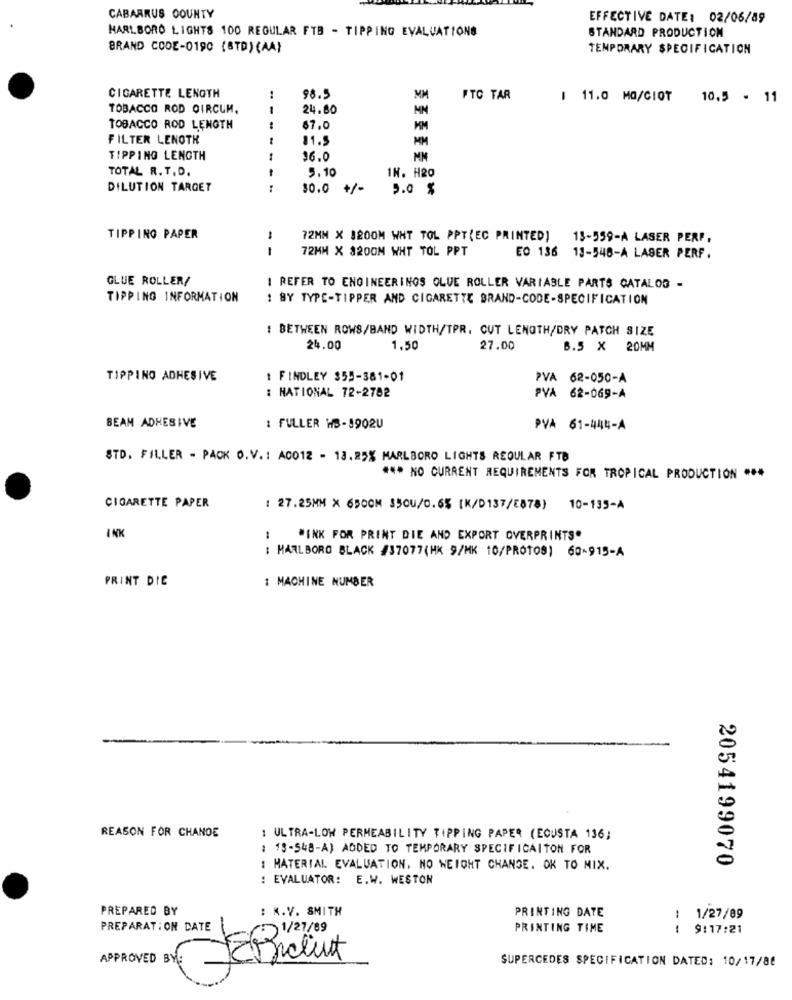
CABARRUS COUNTY
EFFECTIVE DATE: 02/06/89
MARLBORO LIGHTS 100 REGULAR FTB - TIPPING EVALUATIONS
STANDARD PRODUCTION
BRAND CODE-0190 (BTD)(AA)
TEMPORARY SPECIFICATION
CIGARETTE LENGTH
..
98.5
MM
FTC TAR
1 11.0 MO/CIOT
10.5 - 11
TOBACCO ROD CIRCUM.
24.80
TOBACCO ROD LENGTH
67.0
FILTER LENOTH
11.5
MM
TIPPING LENGTH
36.0
TOTAL R. T.D.
5.10
IN. H20
DILUTION TARGET
1
30.0 +/-
5.0 %
TIPPING PAPER
72MM X 1200M WHT TOL PPT(EC PRINTED)
13-559-A LASER PERP.
--
72MM X $200M WHT TOL PPT
EO 136 13-548-A LASER PERF.
GLUE ROLLER/
I REFER TO ENGINEERINGS OLVE ROLLER VARIABLE PARTS CATALOG -
TIPPING INFORMATION
: BY TYPE-TIPPER AND CIGARETTE BRAND-CODE-SPECIFICATION
: BETWEEN ROWS/BAND WIDTH/TPR, CUT LENGTH/DRY PATCH SIZE
24.00
1,50
27.00
6.5 × 20MM
TIPPING ADHESIVE
: FINDLEY $55-381-01
PVA 62-050-A
: NATIONAL 72-2702
PVA 62-069-A
BEAM ADHESIVE
: FULLER HS-1902U
PVA 61-444-A
STD. FILLER - PACK O.V .: A0012 - 13.25% MARLBORO LIGHTS REGULAR FTB
*** NO CURRENT REQUIREMENTS FOR TROPICAL PRODUCTION ***
CIGARETTE PAPER
: 27.25MM X 6500M 35OU/0.6% (K/D137/E878) 10-135-A
"INK FOR PRINT DIE AND EXPORT OVERPRINTS"
: MARLBORO BLACK #37077(HK 9/MK 10/PROTOS) 60-915-A
PRINT DIC
1 MACHINE NUMBER
REASON FOR CHANGE
1 ULTRA-LOW PERMEABILITY TIPPING PAPER (ECUSTA 136;
: 13-548-A) ADDED TO TEMPORARY SPECIFICAITON FOR
2054199070
: MATERIAL. EVALUATION, NO WEIGHT CHANGE. OK TO MIX.
: EVALUATOR: E.W. WESTON
PREPARED BY
: K.V. SMITH
PRINTING DATE
: 1/27/89
PREPARAT: ON DATE
601/27/89
PRINTING TIME
9:17:21
APPROVED BY:
SUPERCEDES SPECIFICATION DATED: 10/17/86